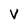
Character: v